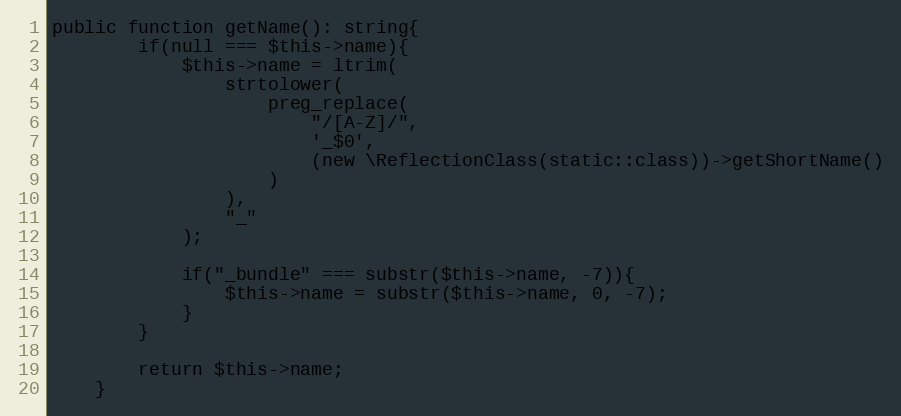
Language: PHP
public function getName(): string{
        if(null === $this->name){
            $this->name = ltrim(
                strtolower(
                    preg_replace(
                        "/[A-Z]/",
                        '_$0',
                        (new \ReflectionClass(static::class))->getShortName()
                    )
                ),
                "_"
            );

            if("_bundle" === substr($this->name, -7)){
                $this->name = substr($this->name, 0, -7);
            }
        }

        return $this->name;
    }